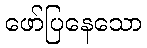
ဖော်ပြနေသော